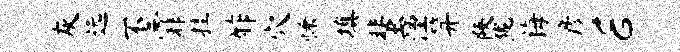
灰远不霏挂酢穴慊填蜚湮笄陕陇诲彦E